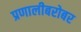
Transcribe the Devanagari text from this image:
प्रणालीबरोबर